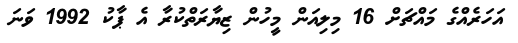
އަހަރެއްގެ މައްޗަށް 16 މިލިއަން މީހުން ޒިޔާރަތްކުރާ އެ ޕާކު 1992 ވަނަ